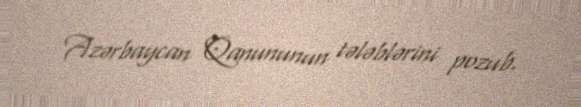
Azərbaycan Qanununun tələblərini pozub.